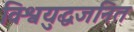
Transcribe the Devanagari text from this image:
विश्वयुद्धजनित